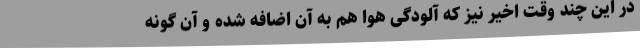
در این چند وقت اخیر نیز که آلودگی هوا هم به آن اضافه شده و آن گونه